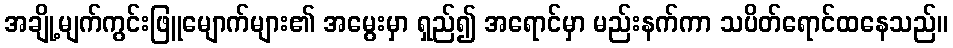
အချို့မျက်ကွင်းဖြူမျောက်များ၏ အမွေးမှာ ရှည်၍ အရောင်မှာ မည်းနက်ကာ သပိတ်ရောင်ထနေသည်။